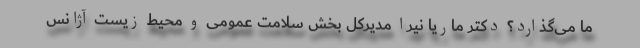
ما می‌گذارد؟ دکتر ماریا نیرا مدیرکل بخش سلامت عمومی و محیط زیست آژانس